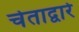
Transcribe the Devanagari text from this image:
चेताद्वारे